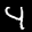
Label: 4